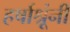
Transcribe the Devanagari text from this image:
हर्षाश्रूंनीं